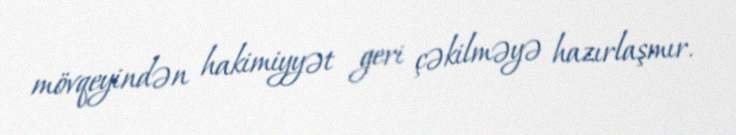
mövqeyindən hakimiyyət geri çəkilməyə hazırlaşmır.